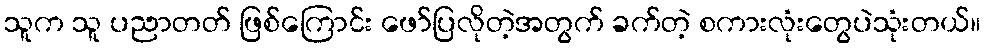
သူက သူ ပညာတတ် ဖြစ်ကြောင်း ဖော်ပြလိုတဲ့အတွက် ခက်တဲ့ စကားလုံးတွေပဲသုံးတယ်။